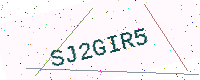
Text: SJ2GIR5